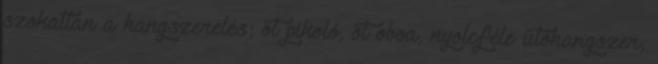
szokatlan a hangszerelés; öt pikoló, öt oboa, nyolcféle ütőhangszer,